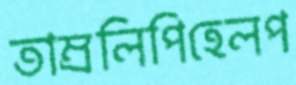
তাম্রলিপিহেলপ